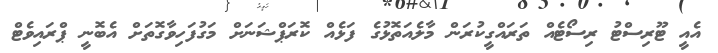
އެއީ ޓޫރިސްޓު ރިސޯޓެއް ތަރައްގީކުރަން މާލެއަތޮޅުގެ ފަޅެއް ކޮރަޕްޝަނަށް މަގުފަހިވާގޮތަށް އެބޮނީ ޕްރައިވެޓް